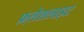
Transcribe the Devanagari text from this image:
फ़्लैशलाइट